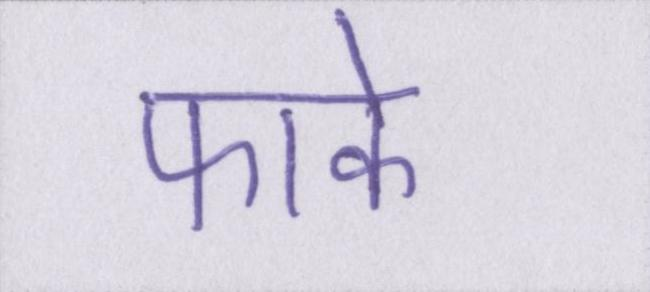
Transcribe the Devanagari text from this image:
फाके